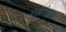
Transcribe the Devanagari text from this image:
बेकरिया